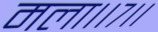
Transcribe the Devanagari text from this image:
मला।।७।।